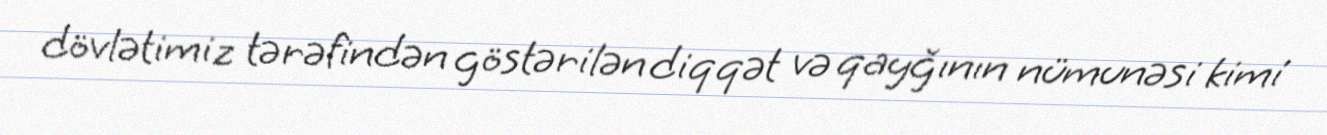
dövlətimiz tərəfindən göstərilən diqqət və qayğının nümunəsi kimi